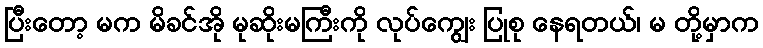
ပြီးတော့ မက မိခင်အို မုဆိုးမကြီးကို လုပ်ကျွေး ပြုစု နေရတယ်၊ မ တို့မှာက